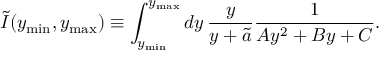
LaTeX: \tilde { I } ( y _ { \mathrm { m i n } } , y _ { \mathrm { m a x } } ) \equiv \int _ { y _ { \mathrm { m i n } } } ^ { y _ { \mathrm { m a x } } } d y \, \frac { y } { y + \tilde { a } } \frac { 1 } { A y ^ { 2 } + B y + C } .